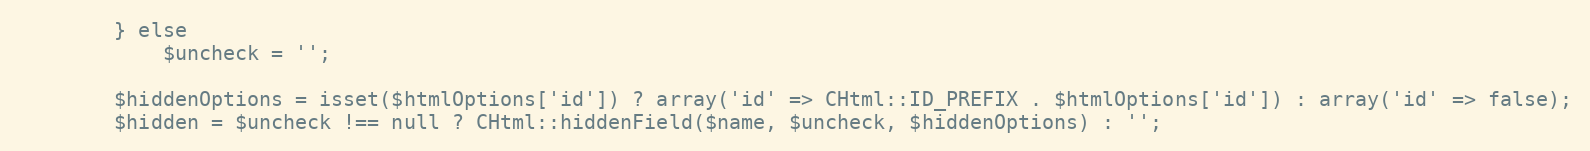
Language: PHP
		} else
			$uncheck = '';

		$hiddenOptions = isset($htmlOptions['id']) ? array('id' => CHtml::ID_PREFIX . $htmlOptions['id']) : array('id' => false);
		$hidden = $uncheck !== null ? CHtml::hiddenField($name, $uncheck, $hiddenOptions) : '';